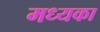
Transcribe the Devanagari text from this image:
मध्यका